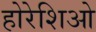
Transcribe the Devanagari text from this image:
होरेशिओ